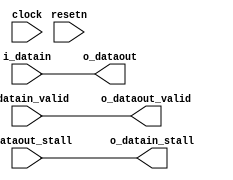
module routing_buffer(clock, resetn, 
  i_datain, i_datain_valid, o_datain_stall, 
  o_dataout, i_dataout_stall, o_dataout_valid);
parameter DATA_WIDTH = 32;
parameter INSERT_REGISTER = 0;
 input clock, resetn;
 input [DATA_WIDTH-1:0] i_datain;
 input i_datain_valid;
 output reg o_datain_stall;
 output reg [DATA_WIDTH-1:0] o_dataout;
 input i_dataout_stall;
 output reg o_dataout_valid;
generate
if (INSERT_REGISTER)
begin
  always @ (negedge resetn or posedge clock)
  begin
    if (~resetn)
    begin
      o_datain_stall <= 1'b0;
      o_dataout_valid <= 1'b0;
      o_dataout <= 'x;
    end
    else
    begin
      o_datain_stall <= i_dataout_stall;
      o_dataout_valid <= i_datain_valid;
      o_dataout <= i_datain;
    end
  end
end
else
begin 
  always @ (*)
  begin
    o_datain_stall <= i_dataout_stall;
    o_dataout_valid <= i_datain_valid;
    o_dataout <= i_datain;
  end
end
endgenerate
endmodule